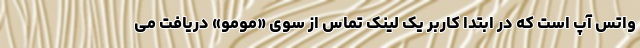
واتس آپ است که در ابتدا کاربر یک لینک تماس از سوی «مومو» دریافت می